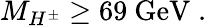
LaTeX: M_{H^{\pm}}\geq 69\mathrm{~GeV}\; .